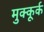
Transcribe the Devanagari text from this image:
मुक्कूर्क